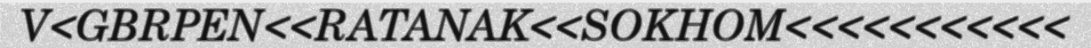
V<GBRPEN<<RATANAK<<SOKHOM<<<<<<<<<<<